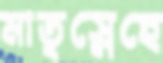
মাতৃস্নেহে